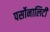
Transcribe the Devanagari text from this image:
पर्सोनालिटी